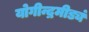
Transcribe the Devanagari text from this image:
योगीन्द्रमीड्यं